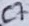
Text: C7